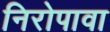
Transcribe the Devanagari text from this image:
निरोपावा